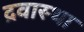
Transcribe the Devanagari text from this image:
द्रवास्था